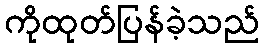
ကိုထုတ်ပြန်ခဲ့သည်